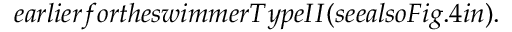
e a r l i e r f o r t h e s w i m m e r T y p e I I ( s e e a l s o F i g . 4 i n ) .